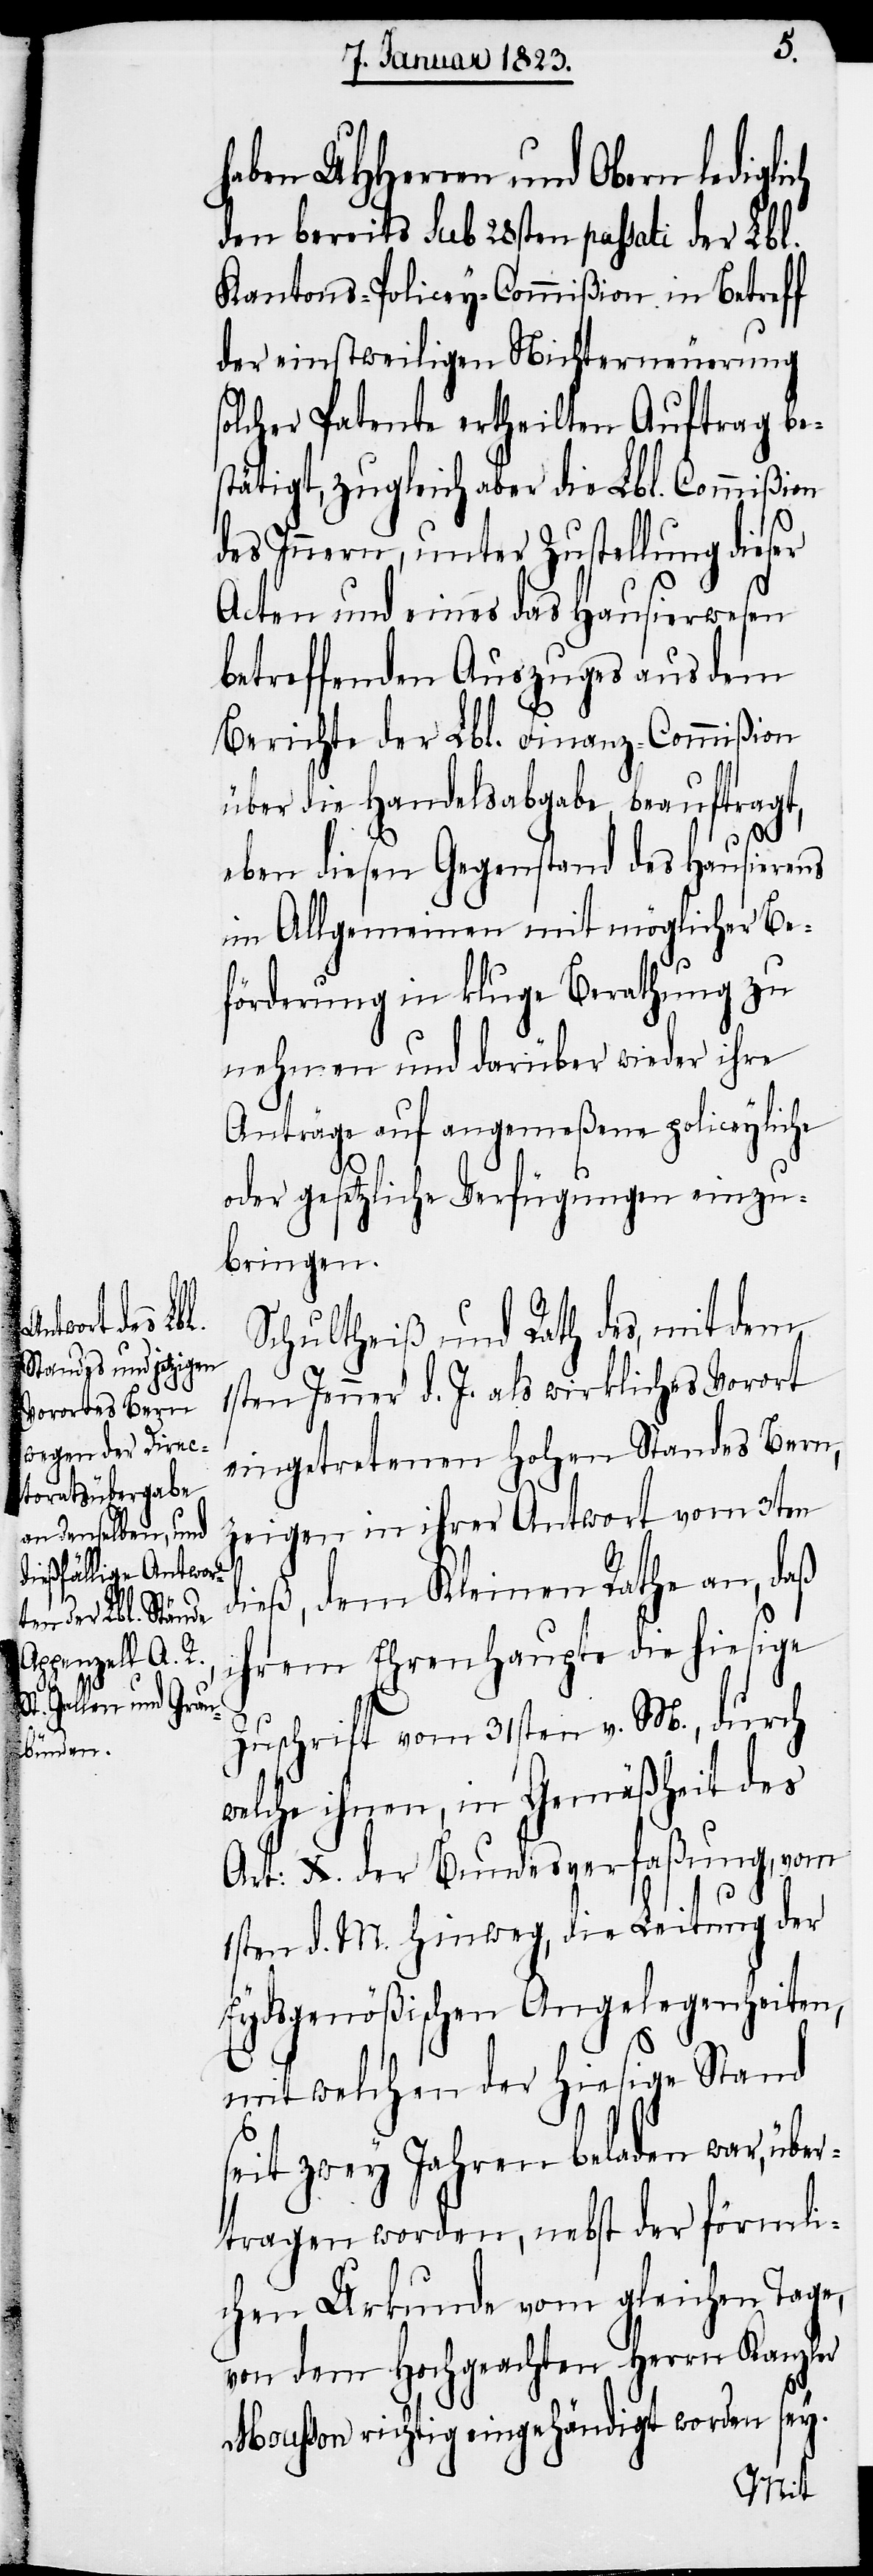
ih¬

haben UHHerren und Obern ledigli¬
den bereits sub 28sten passati der Lbl.
Kantons-Policey-Commißion in Betreff
der einstweiligen Nichterneuerung
olcher Patente ertheilten Auftrag be¬
stätigt, zugleich aber die Lbl. Commißion
des Innern, unter Zustellung dieser
Acten und eines das Hausierwesen
betreffenden Auszuges aus dem
Berichte der Lbl. Finanz-Commißion
über die Handelsabgabe, beauftragt,
ch
eben diesen Gegenstand des Hausierens
im Allgemeinen mit möglicher Be¬
förderung in kluge Berathung zu
nehmen und darüber wieder ihre
Anträge auf angemeßene policeyliche
oder gesetzliche Verfügungen einzu¬
bringen.
Schultheiß und Rath des, mit dem
1sten Jenner d. J. als wirkliches [sic!]
eingetretenen Hohen Standes Bern,
zeigen in ihrer Antwort vom 3ten
dieß, dem Kleinen Rathe an, daß
rem Ehrenhaupte die hiesige
Zuschrift vom 31sten v. M., durch
welche ihnen, in Gemäßheit des
Art: X. der Bundesverfaßung, vom
1sten d. M. hinweg, die Leitung der
Eydsgenößischen Angelegenheiten,
mit welchen der hiesige Stand
seit zwey Jahren beladen war, über¬
tragen worden, nebst der förmli¬
chen Urkunde vom gleichen Tage,
von dem Hochgeachten Herrn Kanzler
Mousson richtig eingehändigt worden sey.